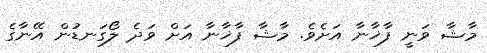
މާޝާ ވަނީ ފާޚާނާ އަށެވެ. މާޝާ ފާޚާނާ އަށް ވަދެ ލޯގަނޑުން އޭނާގެ